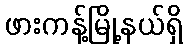
ဖားကန့်မြို့နယ်ရှိ